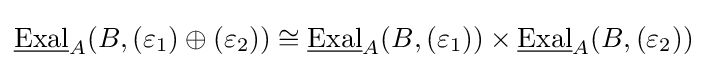
{\underline {\text{Exal}}}_{A}(B,(\varepsilon _{1})\oplus (\varepsilon _{2}))\cong {\underline {\text{Exal}}}_{A}(B,(\varepsilon _{1}))\times {\underline {\text{Exal}}}_{A}(B,(\varepsilon _{2}))